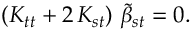
\left( K _ { t t } + 2 \, K _ { s t } \right) \, { \tilde { \beta } } _ { s t } = 0 .